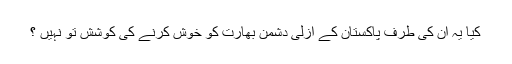
کیا یہ ان کی طرف پاکستان کے ازلی دشمن بھارت کو خوش کرنے کی کوشش تو نہیں ؟